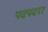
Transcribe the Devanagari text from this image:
पदपदरा